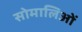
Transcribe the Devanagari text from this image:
सोमालिओं